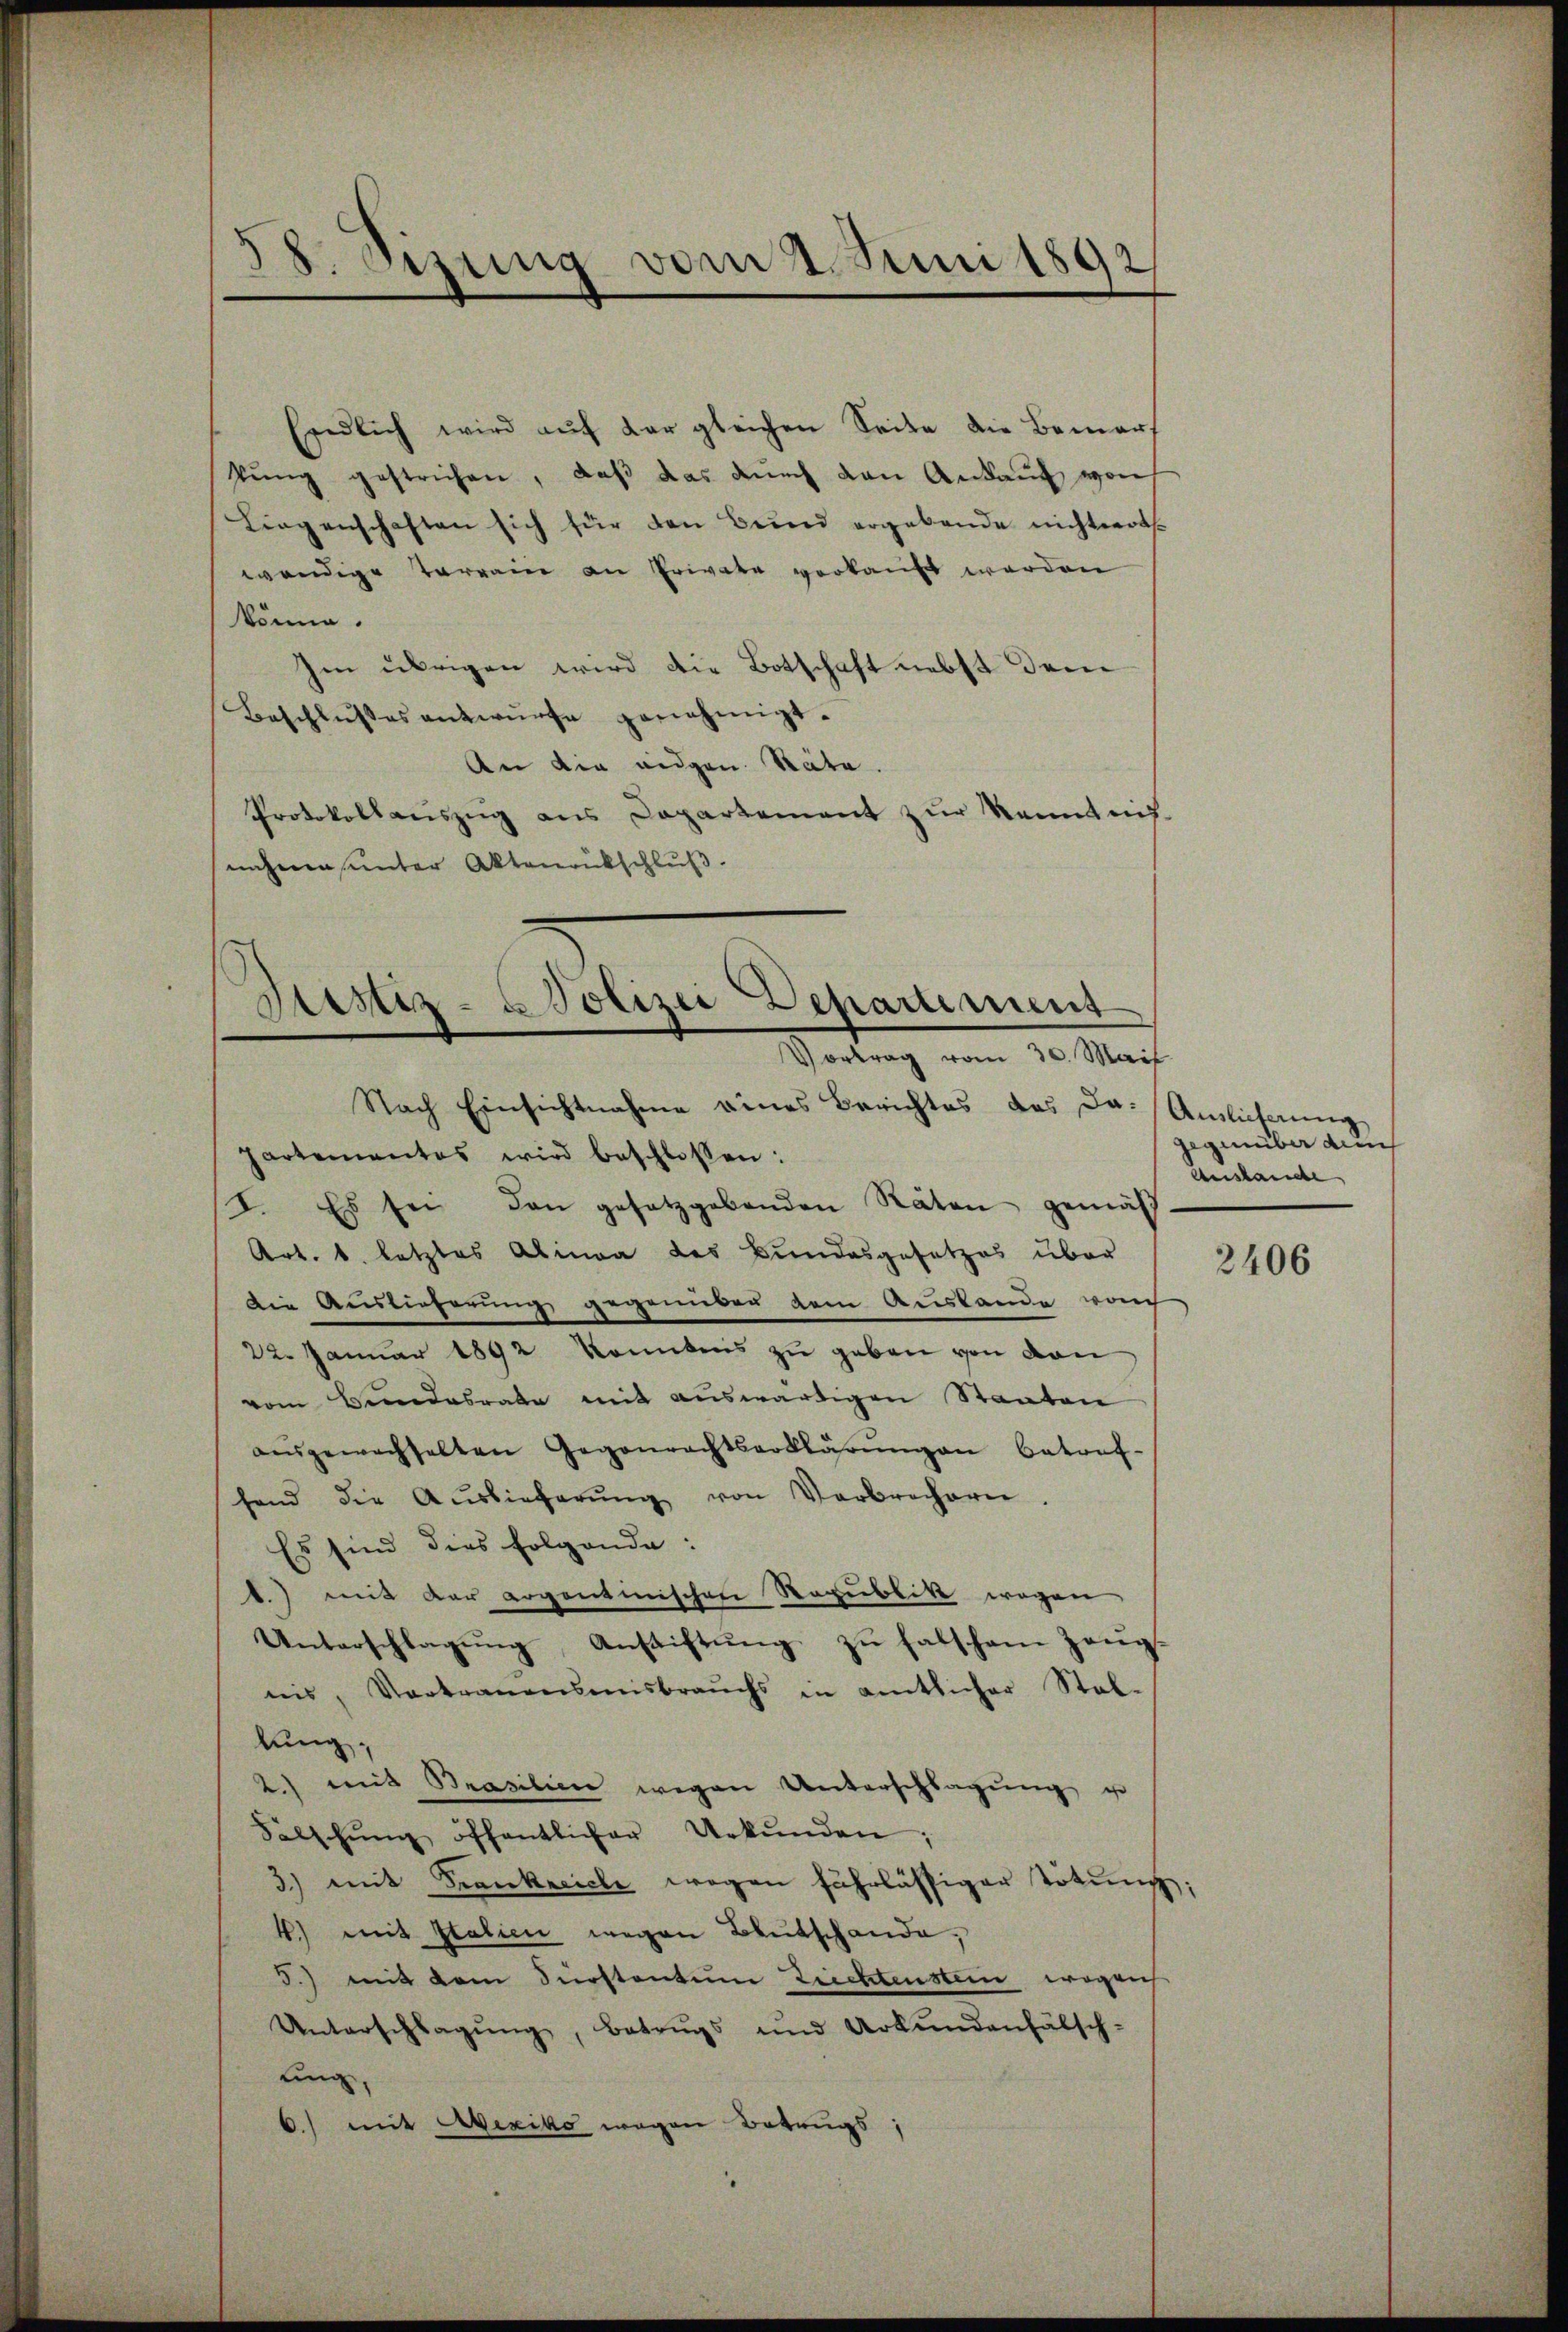
Endlich wird auf der gleichen Seite die Bemerf
sŭng gestrichen, daβ das durch den Ankauf von
Liegenschaften sich für den Bund ergebende nichterthe
wendige Vorrain an Erwäte verkauft werden
könne.
Im übrigen wird die Botschaft nebst dem
Beschlŭsses antwürfe genehmigt.
An die eidgen. Stäte.
Protokollauszug aus Departement zur Kenntnis-
nehmen unter Aktenrutschluß.

58. Sitzung vom 4. Juni 1892

s
Sistiz- u Polizei Departement
Vortrag vom 30. Mais

Nach Einsichtnahme eines Berichtes des da. Auslicherŭng
hartementes wird beschlossen:
I. Es sei den gesetzgebenden Räten gemäß
Art. 1. letztes Alinea des Bundesgesetzes über
Die Auslieferung gegenüber dem Auslande wach
22. Januar 1892 konntens zu geben von den
vom Bundesrate mit auswärtigen Staaten
aŭsgewachselten Gegenrechtserklärŭngen betref-
fend die Auslieferŭng von Verbrechern.
Es sind dies folgende:
.) mit der argentinischen Republik wegen
Unterschlagung, Anstiftŭng zu falschem Zeugnis, Vortrauensmisbrauchs in amtlicher Stal-
lung;
2) mit Brasilien wegen Unterschlagung u
Falschŭng öffentlicher Urkŭnden;
3) mit Frankreiche wegen fahrlässiger Tötung;
4.) mit Italien wegen Breitschande,
5.) mit dem Fürstentum Trichtenstein wegen
Unterschlagŭng, Betrugs und Urkŭndenfälsch-
ung,
6.) mit Mexiko wegen Betrugs

gegenüber durch
Anstande

2406